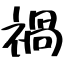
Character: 禍